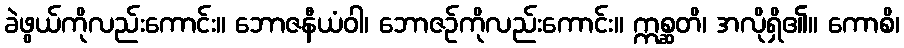
ခဲဖွယ်ကိုလည်းကောင်း။ ဘောဇနီယံဝါ၊ ဘောဇဉ်ကိုလည်းကောင်း။ ဣစ္ဆတိ၊ အလိုရှိ၏။ ကောစိ၊